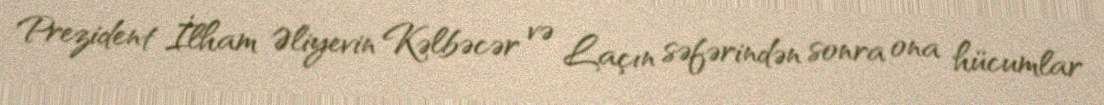
Prezident İlham Əliyevin Kəlbəcər və Laçın səfərindən sonra ona hücumlar